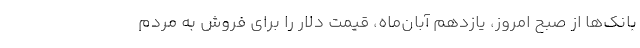
بانک‌ها از صبح امروز، یازدهم آبان‌ماه، قیمت دلار را برای فروش به مردم